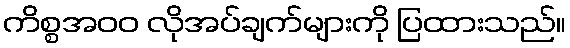
ကိစ္စအ၀၀ လိုအပ်ချက်များကို ပြထားသည်။